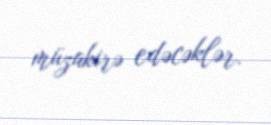
müzakirə edəcəklər.